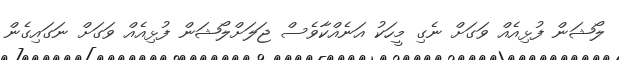
ލޯޝަން ފުޅިއެއް ވަގަށް ނެގި މީހަކު އަނެއްކާވެސް ޖަލަށްލޯޝަން ފުޅިއެއް ވަގަށް ނަގައިގެން